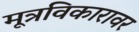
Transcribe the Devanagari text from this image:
मूत्रविकारावर